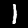
Label: 1